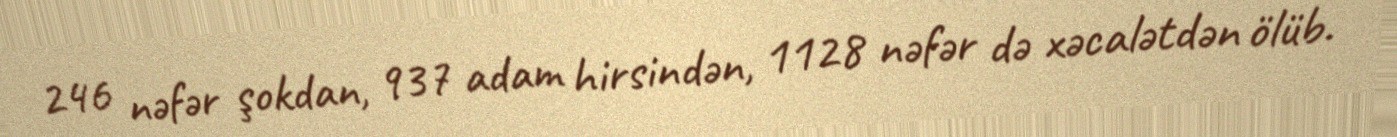
246 nəfər şokdan, 937 adam hirsindən, 1128 nəfər də xəcalətdən ölüb.